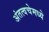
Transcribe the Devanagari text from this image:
अंतत्वचेमध्ये